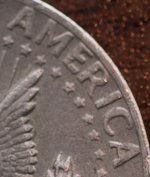
AMERICA